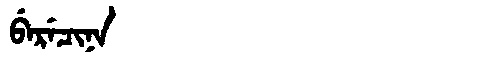
Manchu: ᠪᡝᡵᡝᠴᡳᠨᠠ
Romanization: BERECINA